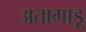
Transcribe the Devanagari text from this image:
अतागाडू